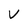
Character: v